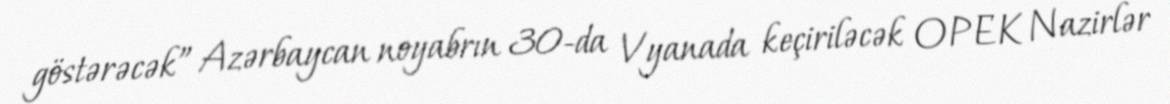
göstərəcək” Azərbaycan noyabrın 30-da Vyanada keçiriləcək OPEK Nazirlər